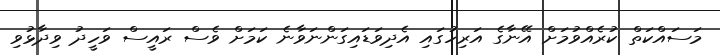
މަސައްކަތް ކުރެއްވުމަށް އޭނާގެ އަރިހުގައި އެދިވަޑައިގަންނަވާނެ ކަމަށް ވެސް ރައީސް ވަހީދު ވިދާޅުވި